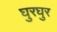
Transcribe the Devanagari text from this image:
घुरघुर